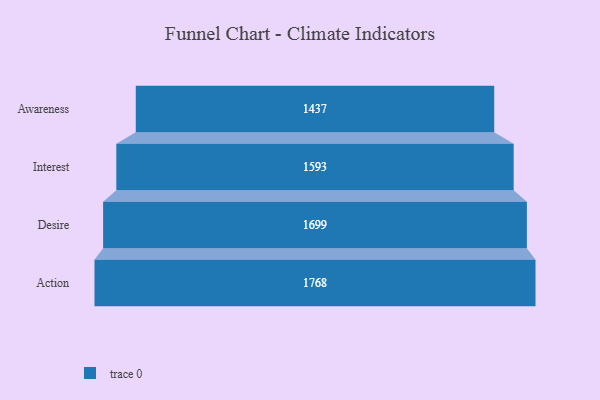
{"axis": {"x": "Stage", "y": "Value"}, "legend": [""], "data": [{"x": "Awareness", "y": 1437.0, "type": ""}, {"x": "Interest", "y": 1593.0, "type": ""}, {"x": "Desire", "y": 1699.0, "type": ""}, {"x": "Action", "y": 1768.0, "type": ""}]}